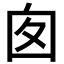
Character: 囱